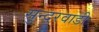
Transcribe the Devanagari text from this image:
सुन्दरवाडी